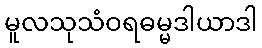
မူလသုသံဝရဓမ္မဒါယာဒါ